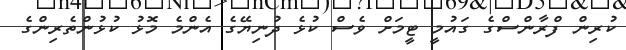
ކުރިން ފްރާންސްގެ ގައުމީ ޓީމަށް ވެސް ކުޅެ ދުނިޔޭގެ އެންމެ މޮޅު ކުޅުންތެރިންގެ